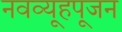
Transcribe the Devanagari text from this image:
नवव्यूहपूजन